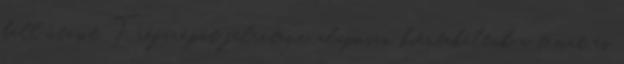
kell utasít. Tréfarépát félretéve, alaposan kiértekeltük a témát és